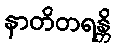
နာတိတရန္တိ